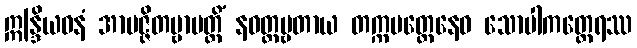
ဣန္ဒြိယဓနံ အာပဇ္ဇိတဗ္ဗာပတ္တိံ နဝတ္တဗ္ဗတာယ တက္ကမတ္တေနေဝ သောပါကတ္ထေရဿ